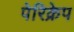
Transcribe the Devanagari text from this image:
पेरिक्रेप